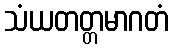
သံယတတ္တမာဂတံ